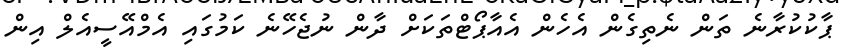
ޕާކުކުރާނެ ތަން ނެތިގެން އެހެން އެއާޕޯޓްތަކަށް ދާން ނުޖެހޭނެ ކަމުގައި އެމްއޭސީއެލް އިން